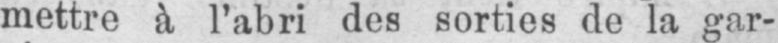
mettre à l’abri des sorties de la gar-